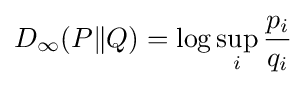
D_{\infty }(P\Vert Q)=\log \sup _{i}{\frac {p_{i}}{q_{i}}}